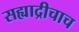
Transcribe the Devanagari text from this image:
सह्याद्रीचाच